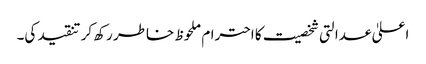
اعلیٰ عدالتی شخصیت کا احترام ملحوظ خاطر رکھ کر تنقید کی۔